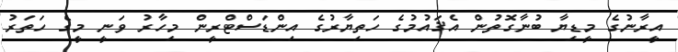
އީރާނުގެ މީޑިޔާ ބުނާގޮތުން އެޤައުމުގެ ހަތިޔާރުގެ އިންޑަސްޓްރީން މިހާރު ވަނީ މީގެ ހަތަރު